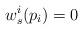
LaTeX: \begin{align*}w^i_s(p_i) = 0\end{align*}